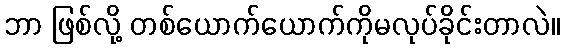
ဘာ ဖြစ်လို့ တစ်ယောက်ယောက်ကိုမလုပ်ခိုင်းတာလဲ။